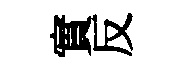
實反